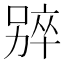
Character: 𫫑